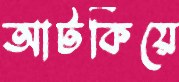
আটকিয়ে